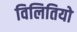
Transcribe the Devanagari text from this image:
विलितियो